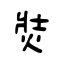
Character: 焋